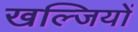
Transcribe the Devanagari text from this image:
खल्जियों